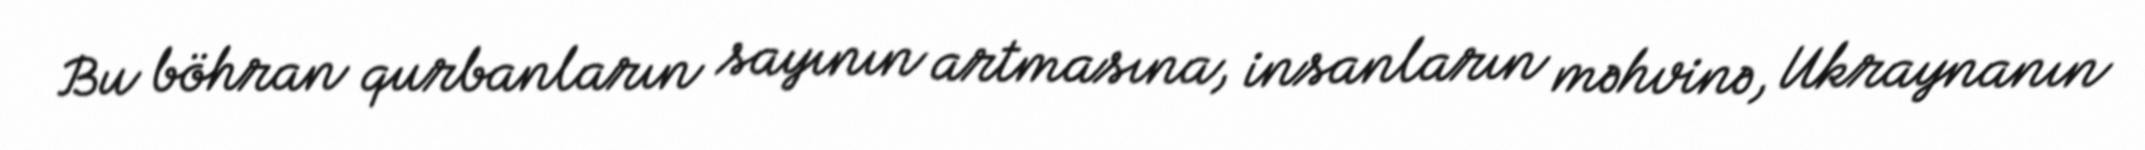
Bu böhran qurbanların sayının artmasına, insanların məhvinə, Ukraynanın